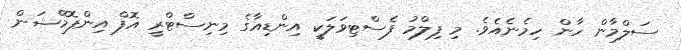
ސަލްމާން ހާން ހިމެނެއެވެ. މި ފިލްމު ފެސްޓިވަލަކީ އިންޑިއާގެ މިނިސްޓްރީ އޮފް އިންފޮމޭޝަން